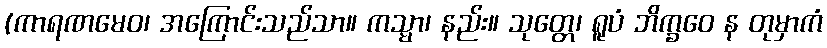
(ကာရဏမေဝ၊ အကြောင်းသည်သာ။ ကသ္မာ၊ နည်း။ သုတ္တေ၊ ရူပံ ဘိက္ခဝေ န တုမှာကံ